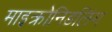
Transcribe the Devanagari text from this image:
माइक्रोनिडलिंग